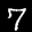
Label: 7